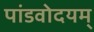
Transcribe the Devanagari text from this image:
पांडवोदयम्